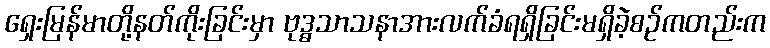
ရှေးမြန်မာတို့နတ်ကိုးခြင်းမှာ ဗုဒ္ဓသာသနာအားလက်ခံရရှိခြင်းမရှိခဲ့စဉ်ကတည်းက